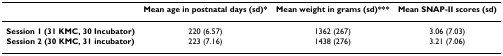
<table><thead><tr><td></td><td><b>Mean age in postnatal days (sd)*</b></td><td><b>Mean weight in grams (sd)***</b></td><td><b>Mean SNAP-II scores (sd)</b></td></tr></thead><tbody><tr><td><b>Session 1 (31 KMC, 30 Incubator)</b></td><td>220 (6.57)</td><td>1362 (267)</td><td>3.06 (7.03)</td></tr><tr><td><b>Session 2 (30 KMC, 31 incubator)</b></td><td>223 (7.16)</td><td>1438 (276)</td><td>3.21 (7.06)</td></tr></tbody></table>